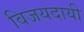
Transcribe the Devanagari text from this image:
विजयदायी